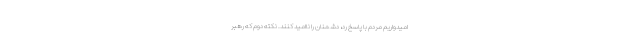
امیدواریم مردم با پاسخ رد، دشمنان را ناامید کنند. نکته دوم که رهبر